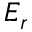
E _ { r }